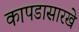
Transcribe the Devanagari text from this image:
कापडासारखे